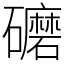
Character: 礳